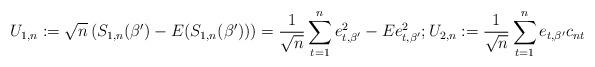
LaTeX: \begin{align*}U_{1,n}:= \sqrt{n}\left(S_{1,n}(\beta^\prime) - E(S_{1,n}(\beta^\prime)) \right)= \frac{1}{\sqrt{n}} \sum_{t=1}^{n} e_{t,\beta^\prime} ^2 - E e_{t,\beta'}^2; U_{2,n}:= \frac{1}{\sqrt{n}}\sum_{t=1}^{n} e_{t,\beta^\prime}c_{nt}\end{align*}